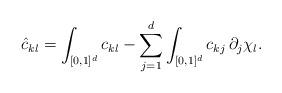
LaTeX: \begin{align*}\hat c_{kl}= \int_{[0,1]^d} c_{kl} - \sum_{j=1}^d \int_{[0,1]^d} c_{kj} \, \partial_j \chi_l. \end{align*}